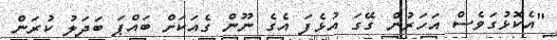
"އެކޮޅުގަވެސް އަހަރުން ގޭގަ އުޅެފަ އެގެ ނޫން ގެއަކަށް ބައްޕަ ބަދަލު ކުރަން